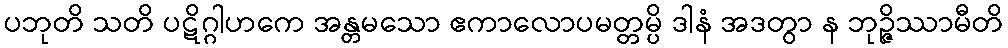
ပဘုတိ သတိ ပဋိဂ္ဂါဟကေ အန္တမသော ဧကာလောပမတ္တမ္ပိ ဒါနံ အဒတွာ န ဘုဉ္ဇိဿာမီတိ